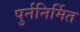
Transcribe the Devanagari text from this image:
पुर्ननिर्मित